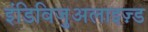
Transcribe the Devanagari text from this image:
इंडिविजुअलाइज़्ड